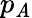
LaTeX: p_{\mathit{A}}